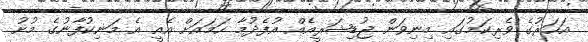
އަހަރުގެ ވެރިކަމުގައި މިނިވަން ޖުޑިޝަރީއެއް އުފެދުމާ ހަމައަށް އެއީ އެ މަނިކުފާނުގެ މުށު